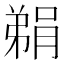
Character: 𮌬